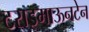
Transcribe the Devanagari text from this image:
टराइमाऊनटेन